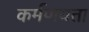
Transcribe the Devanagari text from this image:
कर्मणयता